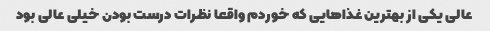
عالی یکی از بهترین غذاهایی که خوردم واقعا نظرات درست بودن خیلی عالی بود